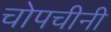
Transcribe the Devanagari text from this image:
चोपचीनी